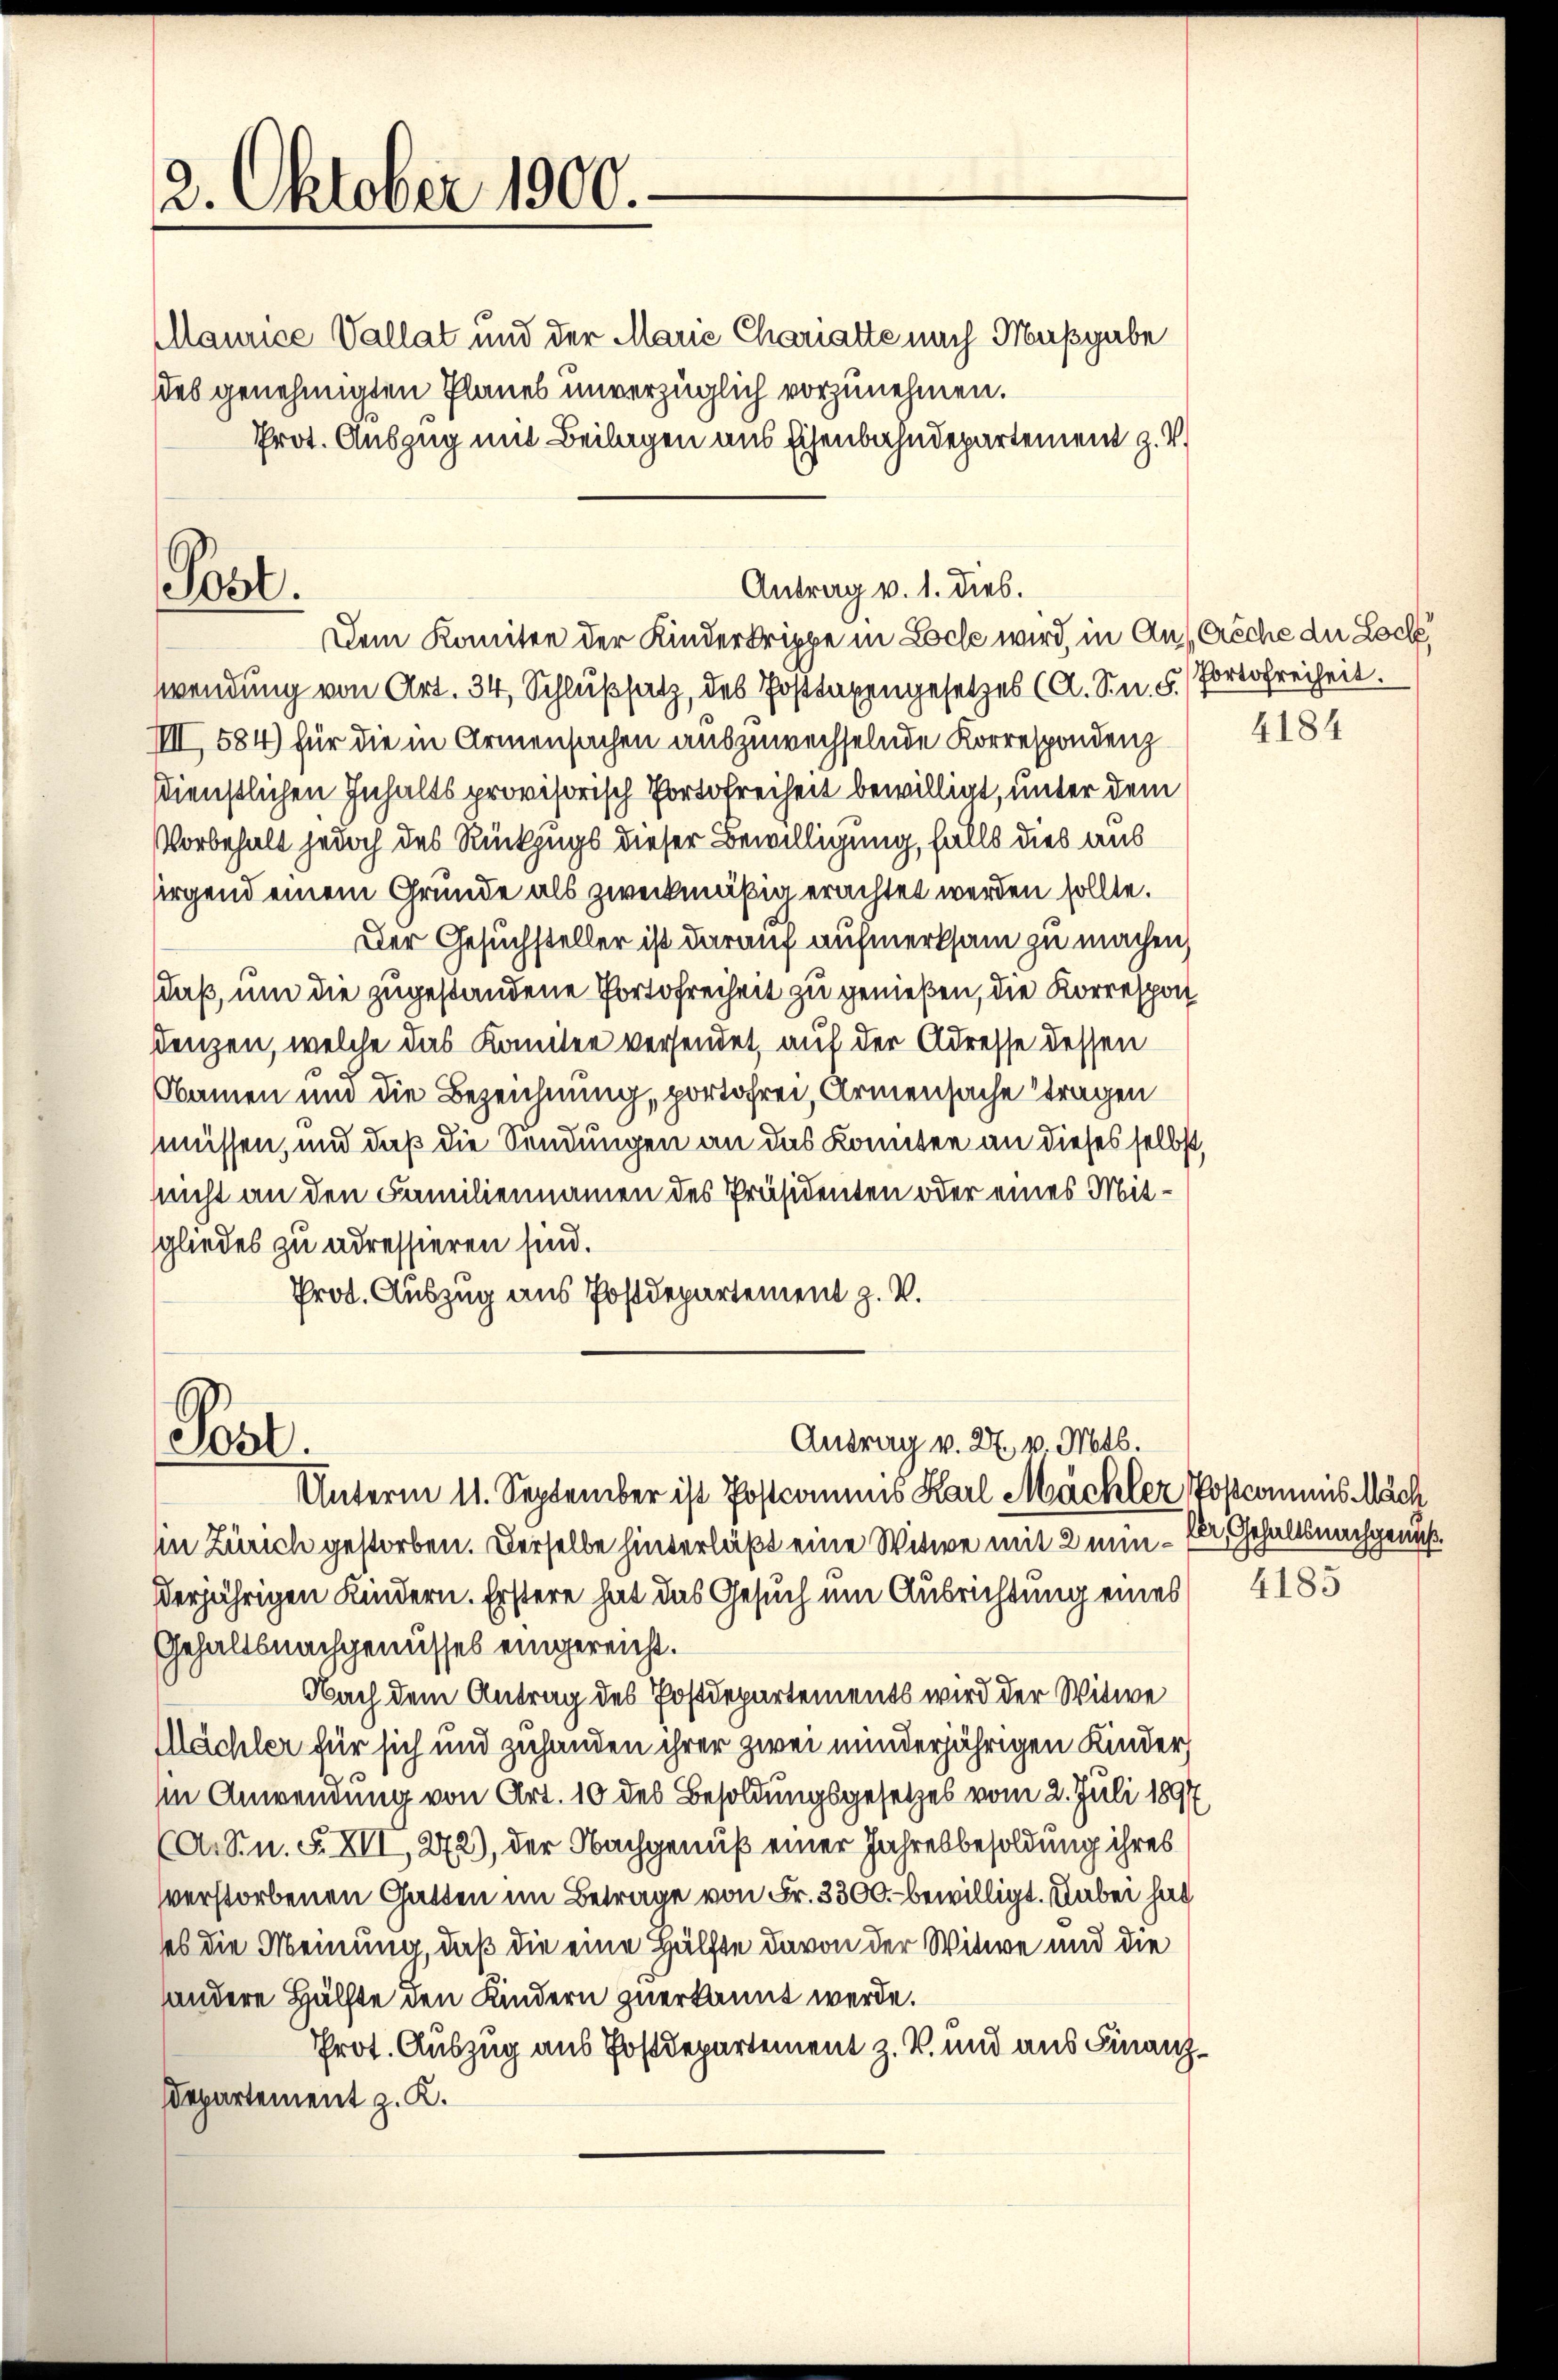
2. Oktober 1900.

Pöst.

Maurice Vallat und der Marie Chariatte nach Maßgabe
des genehmigten Planes unverzüglich vorzunehmen.
Prot. Auszug mit Beilagen aus Eisenbahndepartement z. V.

Post.

Antrag v. 1. dies.

Dem Komitee der Kinderkrippe in Loche wird, in Auf Ersche der Lock
wendung von Art. 34, Schlußsatz, des Posttaxengesetzes (A. S. n. F. Portofreiheit.
IIII, 584) für die in Armensachen auszuwechselnde Korrespondenz
dienstlichen Inhalts provisorisch Portofreiheit bewilligt, unter dem
Vorbehalt jedoch des Rückzugs dieser Bewilligung, falls dies aus
sirgend einem Grunde als zweckmäßig erachtet werden sollte.
Der Gesuchsteller ist darauf aufmerksam zu machen,
daß, um die zugestandene Portofreiheit zu genießen, die Korrespot
denzen, welche das Komitee versendet, auf der Adresse dessen
Namen und die Bezeichnung, portofrei Armensache tragen
müssen, und daß die Sendungen an das Komitee an dieses selbst,
snicht an den Familiennamen des Präsidenten oder eines Mitsgliedes zu adressieren sind.
Prot. Auszug aus Postdepartement z. V.

Antrag v. 27. v. Mts.
Unterm 11. September ist Postcommis Karl Mächler Postcommis Mäch

in Zürich gestorben. Derselbe hinterläßt eine Witwe mit 2 min - Ele Gehaltsnachgenuß
derjährigen Kindern. Erstere hat das Gesuch um Ausrichtung eines 4185
Gehaltsnachgenusses eingereicht.
Nach dem Antrag des Postdepartements wird der Witwe
Mächler für sich und zuhanden ihrer zwei minderjährigen Kinder
in Anwendung von Art. 10 des Besoldungsgesetzes vom 2. Juli 1897
(A. S. n. F. XII, 272), der Nachgenuß einer Jahresbesoldung ihres
verstorbenen Gatten im Betrage von Fr. 3300 bewilligt. Dabei hat
ses die Meinung, daß die eine Hälfte davon der Witwe und die
handere Hälfte den Kindern zuerkannt werde.
Prot. Auszug aus Postdepartement z. B. und aus Finanz¬
Departement z. K.

4184